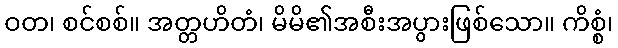
ဝတ၊ စင်စစ်။ အတ္တဟိတံ၊ မိမိ၏အစီးအပွားဖြစ်သော။ ကိစ္စံ၊